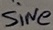
Text: SiNe